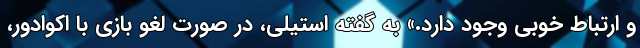
و ارتباط خوبی وجود دارد.» به گفته استیلی، در صورت لغو بازی با اکوادور،